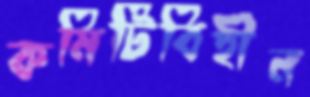
কমিটিবিহীন